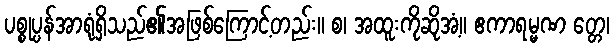
ပစ္စုပ္ပန်အာရုံရှိသည်၏အဖြစ်ကြောင့်တည်း။ စ၊ အထူးကိုဆိုအံ့။ ဧကာရမ္မဏ တ္တေ၊